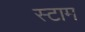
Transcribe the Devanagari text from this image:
स्टाम